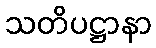
သတိပဋ္ဌာနာ